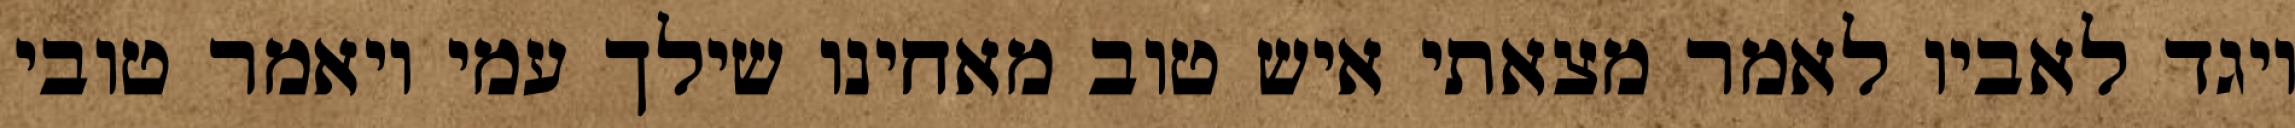
ויגד לאביו לאמר מצאתי איש טוב מאחינו שילך עמי ויאמר טובי